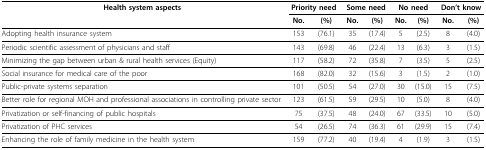
| Health system aspects | <COLSPAN=2> Priority need | <COLSPAN=2> Some need | <COLSPAN=2> No need | <COLSPAN=2> Don't know |
 |  | No. | (%) | No. | (%) | No. | (%) | No. | (%) |
 | --- | --- | --- | --- | --- | --- | --- | --- | --- |
 | Adopting health insurance system | 153 | (76.1) | 35 | (17.4) | 5 | (2.5) | 8 | (4.0) |
 | Periodic scientific assessment of physicians and staff | 143 | (69.8) | 46 | (22.4) | 13 | (6.3) | 3 | (1.5) |
 | Minimizing the gap between urban & rural health services (Equity) | 117 | (58.2) | 72 | (35.8) | 7 | (3.5) | 5 | (2.5) |
 | Social insurance for medical care of the poor | 168 | (82.0) | 32 | (15.6) | 3 | (1.5) | 2 | (1.0) |
 | Public-private systems separation | 101 | (50.5) | 54 | (27.0) | 30 | (15.0) | 15 | (7.5) |
 | Better role for regional MOH and professional associations in controlling private sector | 123 | (61.5) | 59 | (29.5) | 10 | (5.0) | 8 | (4.0) |
 | Privatization or self-financing of public hospitals | 75 | (37.5) | 48 | (24.0) | 67 | (33.5) | 10 | (5.0) |
 | Privatization of PHC services | 54 | (26.5) | 74 | (36.3) | 61 | (29.9) | 15 | (7.4) |
 | Enhancing the role of family medicine in the health system | 159 | (77.2) | 40 | (19.4) | 4 | (1.9) | 3 | (1.5) |